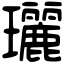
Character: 𤫟